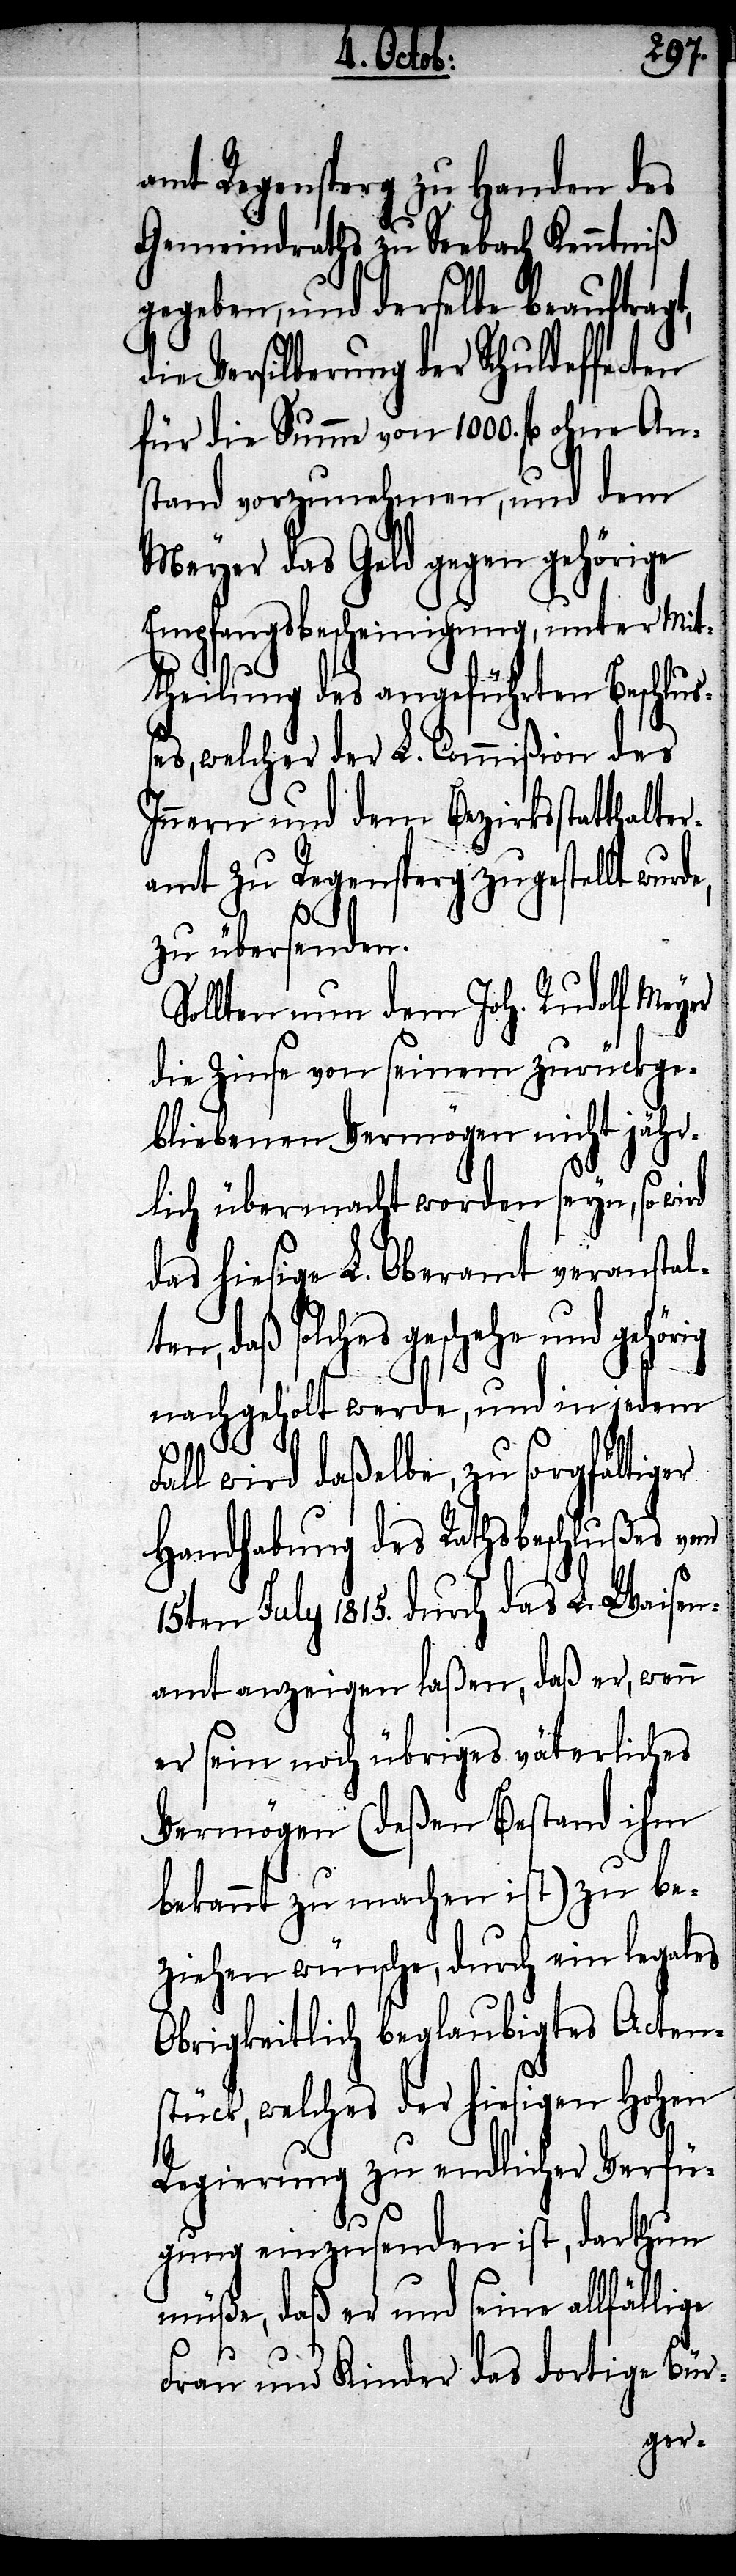
amt Regensperg zu Handen des
Gemeindraths zu Seebach Kenntniß
gegeben, und derselbe beauftragt,
die Versilberung des Schuldeffecten
für die Summe von 1000. fl. ohne An¬
stand vorzunehmen, und dem
Meyer das Geld gegen gehörige
Empfangsbescheinigung, unter Mit¬
theilung des angeführten Beschluß¬
es, welcher der L. Commißion des
Innern und dem Bezirksstatthalter¬
amt zu Regensperg zugestellt wurd¬
zu übersenden.
Sollten nun dem Joh. Rudolf Meyer
die Zinse von seinem zurückge¬
bliebenen Vermögen nicht jähr¬
lich übermacht worden seyn, so wir¬
d das L. Oberamt veranstal¬
n, daß solches geschehe und
nachgeholt werde, und in jedem
te¬
Fall wird daßelbe, zu sorgfältiger
Handhabung des Rathsbeschlußes vom
15ten July 1815. durch das L. Waisen¬
amt anzeigen laßen, daß er, wenn
er sein noch übriges väterliches
Vermögen (deßen Bestand ihm
bekannt zu machen ist) zu be¬
ziehen wünsche, durch ein legales
Obrigkeitlich beglaubigtes Acten¬
stück, welches der hiesigem hohen
Regierung zu endlicher Verfü¬
gung einzusenden ist, darthun
müße, daß er und seine allfällige
Frau und Kinder das dortige Bür-